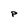
Character: p